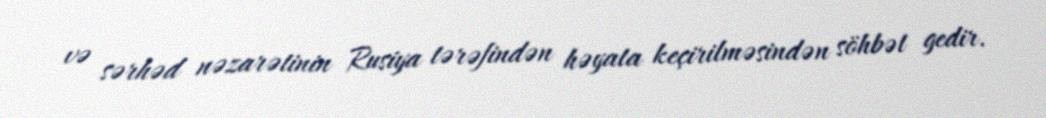
və sərhəd nəzarətinin Rusiya tərəfindən həyata keçirilməsindən söhbət gedir.